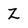
Character: Z